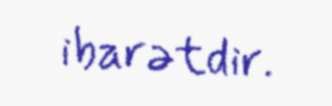
ibarətdir.